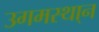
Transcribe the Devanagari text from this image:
उगमस्था्न